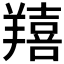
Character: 𦏔